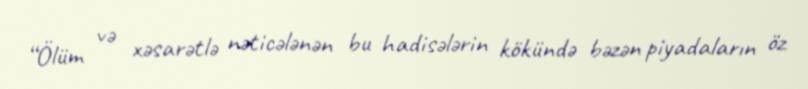
“Ölüm və xəsarətlə nəticələnən bu hadisələrin kökündə bəzən piyadaların öz